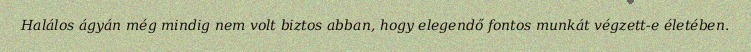
Halálos ágyán még mindig nem volt biztos abban, hogy elegendő fontos munkát végzett-e életében.